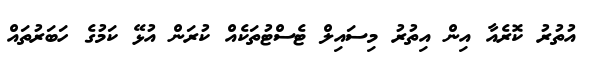
އުތުރު ކޮރެއާ އިން އިތުރު މިސައިލް ޓެސްޓުތަކެއް ކުރަން އުޅޭ ކަމުގެ ހަބަރުތައް